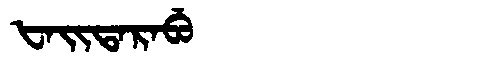
Manchu: ᡶᠠᡳᡨᠠᡵᠠᠪᡠ
Romanization: FAITARABU